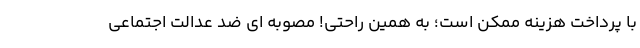
با پرداخت هزینه ممکن است؛ به همین راحتی! مصوبه ای ضد عدالت اجتماعی